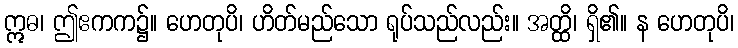
ဣဓ၊ ဤဧကက၌။ ဟေတုပိ၊ ဟိတ်မည်သော ရုပ်သည်လည်း။ အတ္ထိ၊ ရှိ၏။ န ဟေတုပိ၊